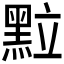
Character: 𮮖